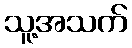
သူ့အသက်